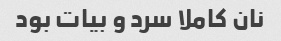
نان کاملا سرد و بیات بود